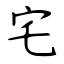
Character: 宅